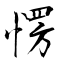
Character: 愣